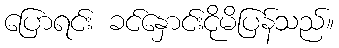
ပြောရင်း ခင်နှောင်းငိုမိပြန်သည်။